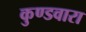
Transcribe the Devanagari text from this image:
कुण्डवारा